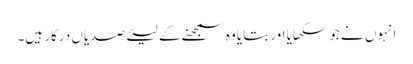
انہوں نے جو سکھایا اور بتایا وہ سمجھنے کے لیئے صدیاں درکار ہیں۔